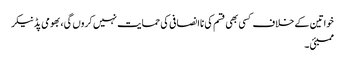
خواتین کے خلاف کسی بھی قسم کی ناانصافی کی حمایت نہیں کروں گی، بھومی پڈنیکر
ممبئی ۔